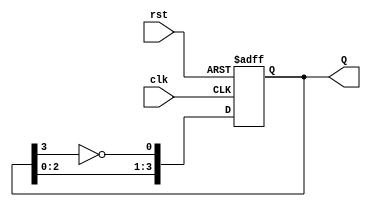
module JohnsonCounter #(
    parameter N = 4  // Number of flip-flops (must be even)
) (
    input wire clk,    // Clock signal
    input wire rst,    // Asynchronous reset
    output reg [N-1:0] Q // Counter outputs
);

    // The counter's state updating process
    always @(posedge clk or posedge rst) begin
        if (rst) begin
            // Asynchronous reset: set all outputs to 0
            Q <= 0;
        end else begin
            // Johnson counter logic: invert the output of the last FF and 
            // shift the current state to the next
            Q <= {Q[N-2:0], ~Q[N-1]};
        end
    end
endmodule